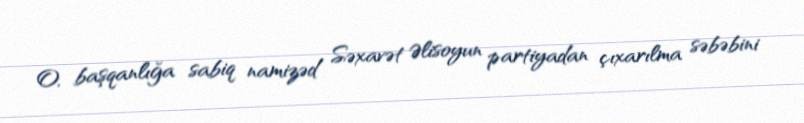
O, başqanlığa sabiq namizəd Səxavət Əlisoyun partiyadan çıxarılma səbəbini